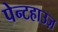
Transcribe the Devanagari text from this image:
पेन्टहाउज़